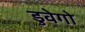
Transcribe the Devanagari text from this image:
डुवेगो